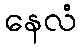
နေလံ